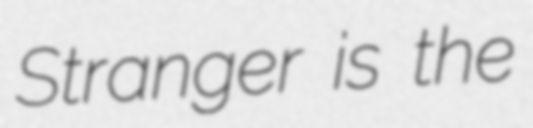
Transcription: Stranger is the